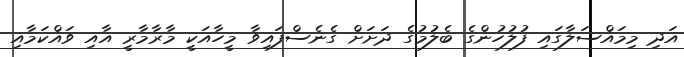
އަދި މިމައްސަލާގައި ފުލުހުންގެ ބެލުމުގެ ދަށަށް ގެނެސްފައިވާ މީހާއަކީ މާރާމާރީ އާއި ވައްކަމާއި